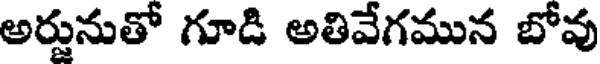
అర్జునుతో గూడి అతివేగమున బోవు